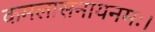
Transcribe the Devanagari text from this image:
कमलासनायनमः।